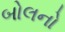
બોલનો